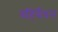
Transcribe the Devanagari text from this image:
बहिर्बेधन